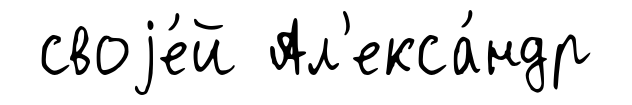
своjе́й Ал'екса́ндр